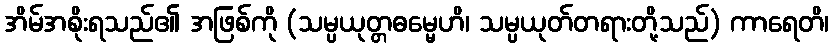
အိမ်အစိုးရသည်၏ အဖြစ်ကို (သမ္ပယုတ္တဓမ္မေဟိ၊ သမ္ပယုတ်တရားတို့သည်) ကာရေတိ၊